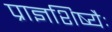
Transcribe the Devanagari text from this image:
प्राज्ञशिष्यैः